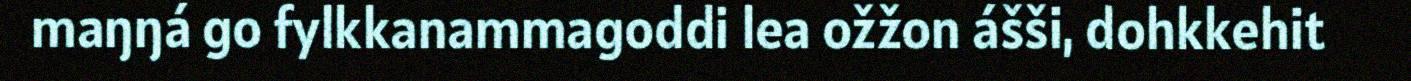
maŋŋá go fylkkanammagoddi lea ožžon ášši, dohkkehit